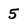
Character: 5